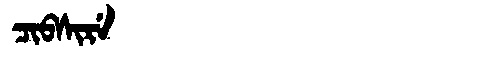
Manchu: ᠴᡳᠪᠰᡳᡵᡝ
Romanization: CIBSIRE